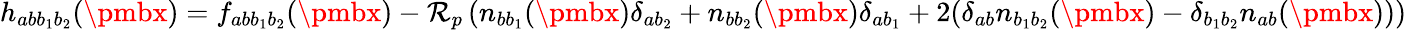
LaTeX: h_{abb_{1}b_{2}}({\pmbx})=f_{ab{b}_{1}b_{2}}({\pmbx})-\mathcal{R}_{p}\left(n_{bb_{1}}({\pmbx})\delta_{ab_{2}}+n_{bb_{2}}({\pmbx})\delta_{ab_{1}}+2(\delta_{ab}n_{b_{1}b_{2}}({\pmbx})-\delta_{b_{1}b_{2}}n_{ab}({\pmbx}))\right)